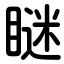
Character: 瞇